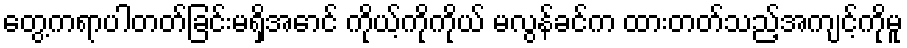
တွေ့ကရာပါတတ်ခြင်းမရှိအောင် ကိုယ့်ကိုကိုယ် မလွန်ခင်က ထားတတ်သည့်အကျင့်ကိုမူ